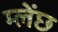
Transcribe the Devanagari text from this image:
म्लेंछ